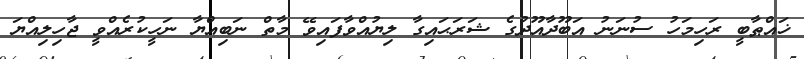
ޚައްޠާބީ ރަހިމަހު ސުނަނު އަބޫދާއޫދުގެ ޝަރަޙައިގާ ލިޔުއްވާފައިވޭ މާތް ނަބިއްޔާ ނަހީކުރެއްވީ ޖާހިލިއްޔަ